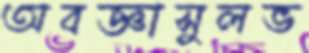
অবজ্ঞাসুলভ